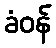
ခံဝန်